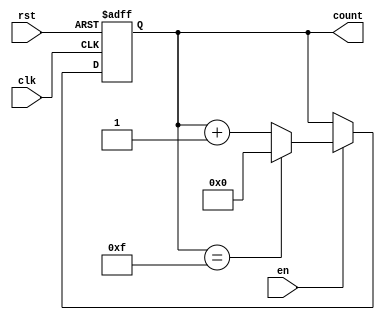
module memory_blocks_binary_counter #(
    parameter INIT_VAL = 0,    // Initial value of the counter
    parameter MAX_VAL = 15      // Maximum value of the counter (should be less than 2^N)
)(
    input wire clk,            // Clock signal
    input wire rst,            // Asynchronous reset signal
    input wire en,             // Enable signal
    output reg [$clog2(MAX_VAL):0] count // Current count value
);

    // Internal signal to store the next count value
    reg [$clog2(MAX_VAL):0] next_count;

    // Always block for synchronous counting
    always @(posedge clk or posedge rst) begin
        if (rst) begin
            count <= INIT_VAL; // Reset to initial value
        end else if (en) begin
            count <= next_count; // Update count with next value
        end
    end

    // Combinational logic to determine the next count value
    always @(*) begin
        if (en) begin
            if (count == MAX_VAL) begin
                next_count = INIT_VAL; // Wrap around to initial value
            end else begin
                next_count = count + 1; // Increment count
            end
        end else begin
            next_count = count; // Hold current count when not enabled
        end
    end

endmodule